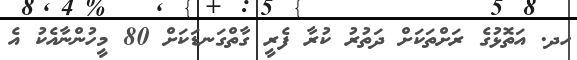
ހދ. އަތޮޅުގެ ރަށްތަކަށް ދަތުރު ކުރާ ފެރީ ގާތްގަނޑަކަށް 80 މީހުންނާއެކު އެ